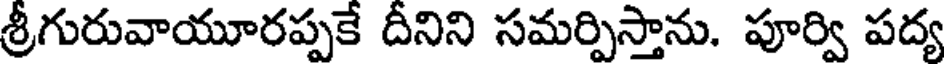
శ్రీగురువాయూరప్పకే దీనిని సమర్పిస్తాను. పూర్వి పద్య